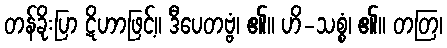
တန်ခိုးပြာ ဋိဟာဖြင့်။ ဒီပေတဗ္ဗံ၊ ၏။ ဟိ-သစ္စံ၊ ၏။ တတြ၊